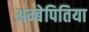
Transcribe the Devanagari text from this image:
अम्बेपितिया